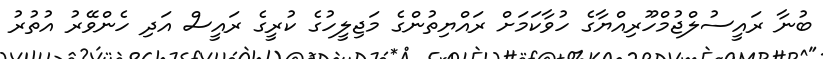
ބުނާ ރައީސުލްޖުމްހޫރިއްޔާގެ ހުވާކަމަށް ރައްޔިތުންގެ މަޖިލީހުގެ ކުރީގެ ރައީސް އަދި ހެންވޭރު އުތުރު